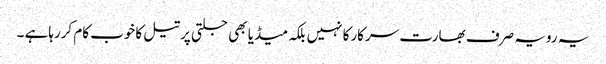
یہ رویہ صرف بھارت سرکارکا نہیں بلکہ میڈیا بھی جلتی پرتیل کاخوب کام کررہاہے ۔